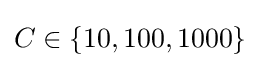
C\in \{10,100,1000\}